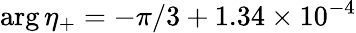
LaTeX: \arg\eta_{+}=-\pi/3+1.34\times 10^{-4}